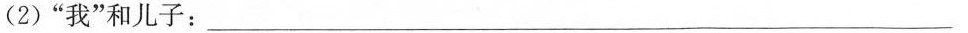
（2）“我”和儿子：_______________________________